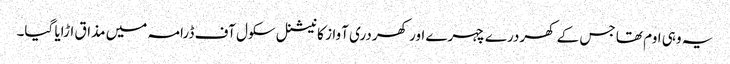
یہ وہی اوم تھا جس کے کھردرے چہرے اور کھردری آواز کا نیشنل سکول آف ڈرامہ میں مذاق اڑایا گیا۔